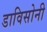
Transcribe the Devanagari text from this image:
डाविसोनी